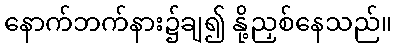
နောက်ဘက်နား၌ချ၍ နို့ညှစ်နေသည်။